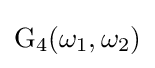
\operatorname {G} _{4}(\omega _{1},\omega _{2})